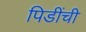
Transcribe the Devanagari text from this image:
पिडींची